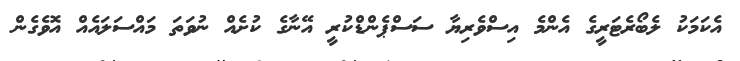
އެކަމަކު ލެބޯރެޓަރީގެ އެންމެ އިސްވެރިޔާ ސަސްޕެންޑްކުރީ އޭނާގެ ކުށެއް ނުވަތަ މައްސަލައެއް އޮވެގެން